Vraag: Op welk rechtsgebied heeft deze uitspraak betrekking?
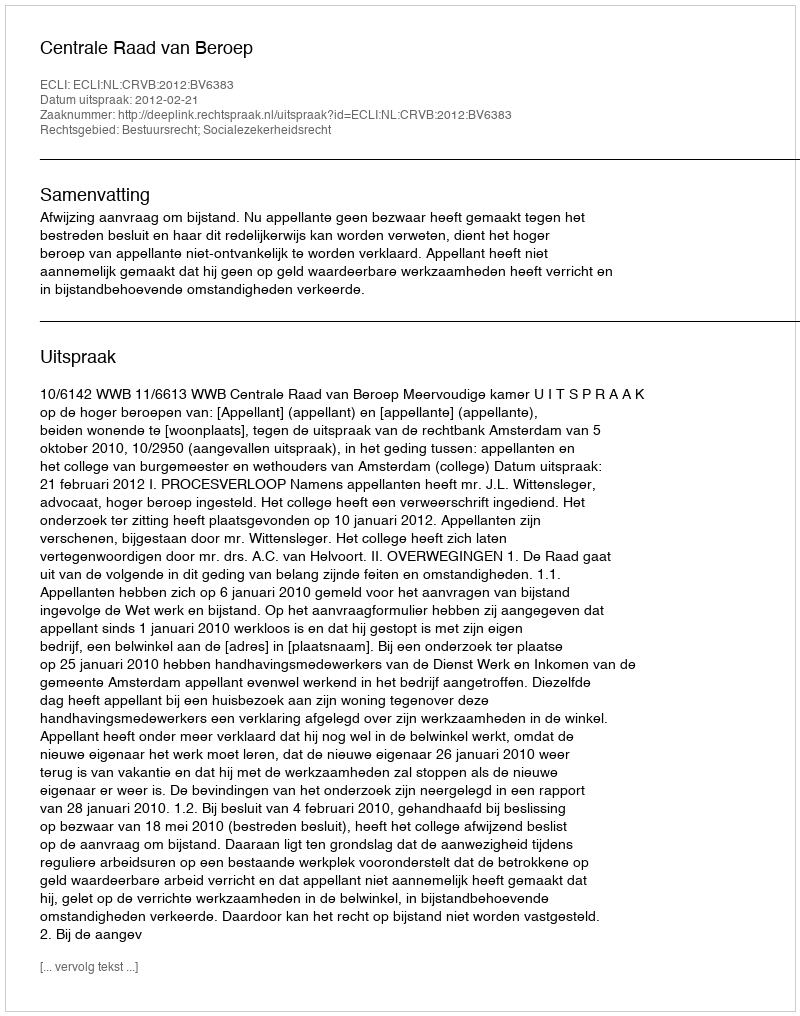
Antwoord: Bestuursrecht; Socialezekerheidsrecht